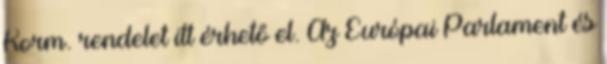
Korm. rendelet itt érhető el. Az Európai Parlament és